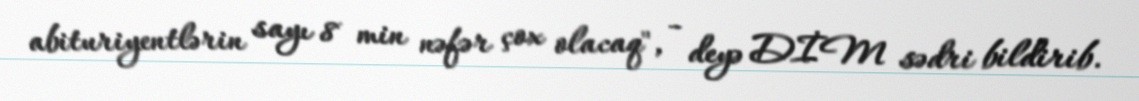
abituriyentlərin sayı 8 min nəfər çox olacaq", - deyə DİM sədri bildirib.